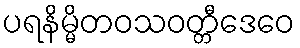
ပရနိမ္မိတဝသဝတ္တီဒေဝေ